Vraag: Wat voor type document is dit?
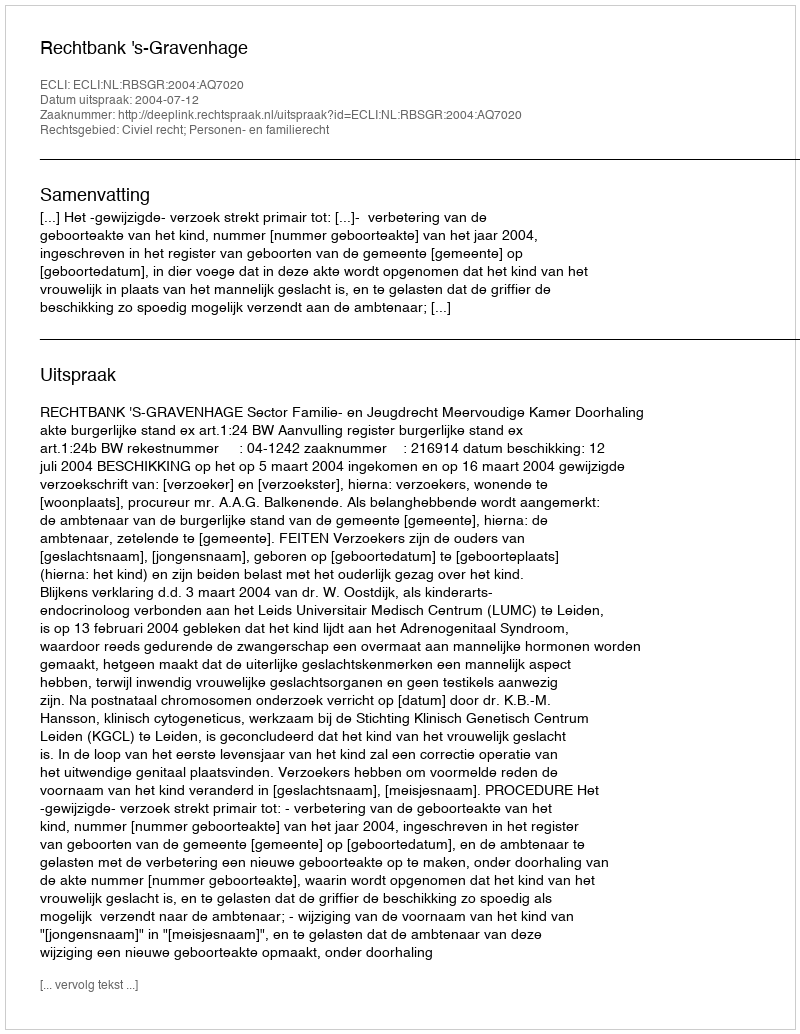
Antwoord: Uitspraak